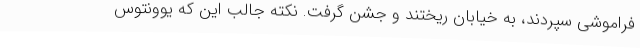
فراموشی سپردند، به خیابان ریختند و جشن گرفت. نکته جالب این که یوونتوس